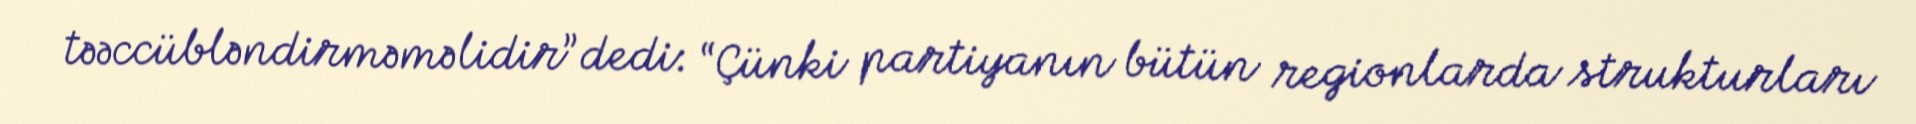
təəccübləndirməməlidir” dedi: “Çünki partiyanın bütün regionlarda strukturları